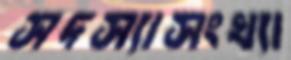
সদস্যাসংখ্যা